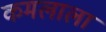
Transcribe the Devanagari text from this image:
कमलाला